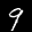
Label: 9